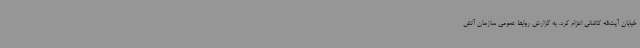
خیابان آیت‌الله کاشانی اعزام کرد. به گزارش روابط عمومی سازمان آتش